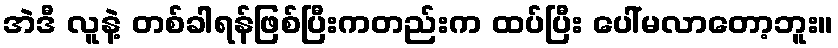
အဲဒီ လူနဲ့ တစ်ခါရန်ဖြစ်ပြီးကတည်းက ထပ်ပြီး ပေါ်မလာတော့ဘူး။